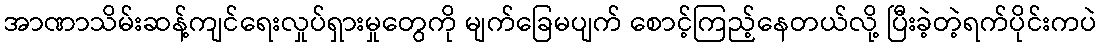
အာဏာသိမ်းဆန့်ကျင်ရေးလှုပ်ရှားမှုတွေကို မျက်ခြေမပျက် စောင့်ကြည့်နေတယ်လို့ ပြီးခဲ့တဲ့ရက်ပိုင်းကပဲ